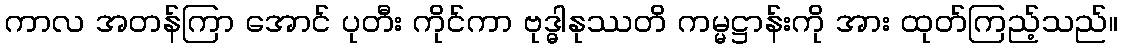
ကာလ အတန်ကြာ အောင် ပုတီး ကိုင်ကာ ဗုဒ္ဓါနုဿတိ ကမ္မဋ္ဌာန်းကို အား ထုတ်ကြည့်သည်။